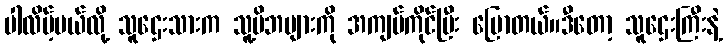
ပါလိမ့်မယ်လို့ သူဌေးသားက သူ့မိဘများကို အကျပ်ကိုင်ပြီး ပြောတယ်။ဒီတော့ သူဌေးကြီးနဲ့